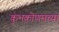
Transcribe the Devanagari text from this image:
कुंभकोणमच्या